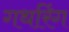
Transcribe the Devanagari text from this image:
गथरिंग